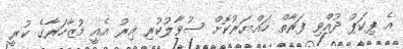
އެ ޕިކަޕު ދުއްވި ފަރާތް ހައްޔަރުކޮށް ސުވާލުކުރި އިރު އެއީ މުޒާހަރާގެ ކުރީ